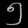
Digit: ၅